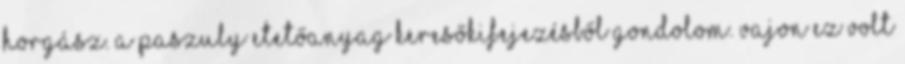
horgász. A PASZULY ETETŐANYAG keresőkifejezésből gondolom. Vajon ez volt